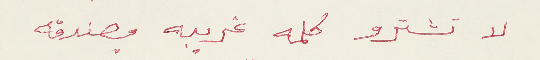
لا تشترو كلمه غريبه مصندقه